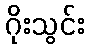
ဂိုးသွင်း